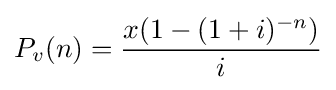
P_{v}(n)={\frac {x(1-(1+i)^{-n})}{i}}